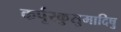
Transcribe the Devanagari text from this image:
कर्पूरकुसुमादिषु